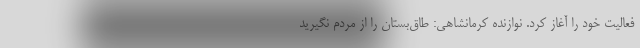
فعالیت خود را آغاز کرد. نوازنده کرمانشاهی: طاق‌بستان را از مردم نگیرید